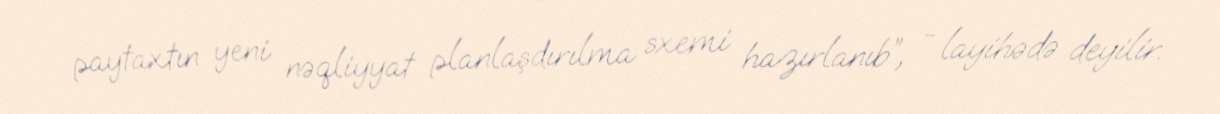
paytaxtın yeni nəqliyyat planlaşdırılma sxemi hazırlanıb”, - layihədə deyilir.